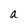
Character: a